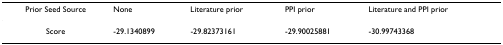
<table><thead><tr><td><b>Prior Seed Source</b></td><td><b>None</b></td><td><b>Literature prior</b></td><td><b>PPI prior</b></td><td><b>Literature and PPI prior</b></td></tr></thead><tbody><tr><td>Score</td><td>-29.1340899</td><td>-29.82373161</td><td>-29.90025881</td><td>-30.99743368</td></tr></tbody></table>